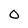
Character: 0